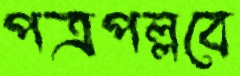
পত্রপল্লবে